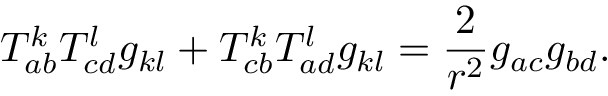
T _ { a b } ^ { k } T _ { c d } ^ { l } g _ { k l } + T _ { c b } ^ { k } T _ { a d } ^ { l } g _ { k l } = \frac 2 { r ^ { 2 } } g _ { a c } g _ { b d } .